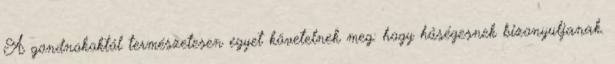
A gondnokoktól természetesen egyet követelnek meg: hogy hűségesnek bizonyuljanak.